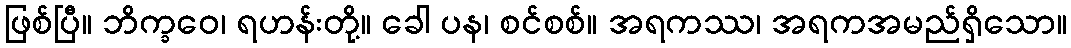
ဖြစ်ပြီ။ ဘိက္ခဝေ၊ ရဟန်းတို့။ ခေါ ပန၊ စင်စစ်။ အရကဿ၊ အရကအမည်ရှိသော။